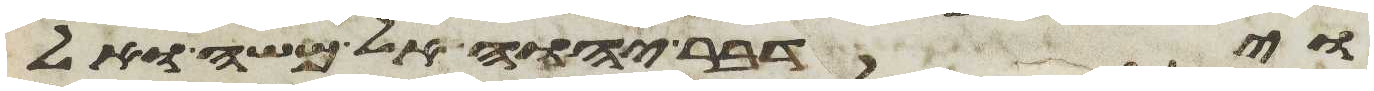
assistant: וידבר יהוה אל משה ואל